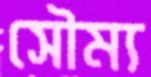
সৌম্য